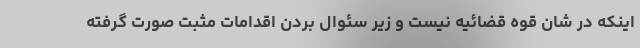
اینکه در شان قوه قضائیه نیست و زیر سئوال بردن اقدامات مثبت صورت گرفته